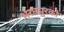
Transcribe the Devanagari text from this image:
भरतपुरको